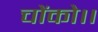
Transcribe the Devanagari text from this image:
चोंको।।